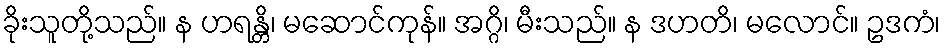
ခိုးသူတို့သည်။ န ဟရန္တိ၊ မဆောင်ကုန်။ အဂ္ဂိ၊ မီးသည်။ န ဒဟတိ၊ မလောင်။ ဥဒကံ၊